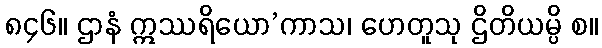
၈၄၆။ ဌာနံ ဣဿရိယော’ကာသ၊ ဟေတူသု ဌိတိယမ္ပိ စ။